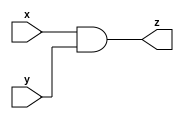
`timescale 1ns/10ps

module and_gate (x, y, z);
  input x;
  input y;
  output z;
  
  assign z = (x&y) ;
  
  
endmodule